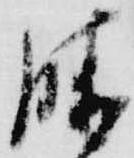
勝